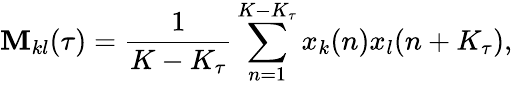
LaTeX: \mathbf{M}_{kl}(\tau)=\frac{{1}}{{K-K_{\tau}}}\sum_{n=1}^{K-K_{\tau}}x_{k}(n)x_{l}(n+K_{\tau}),